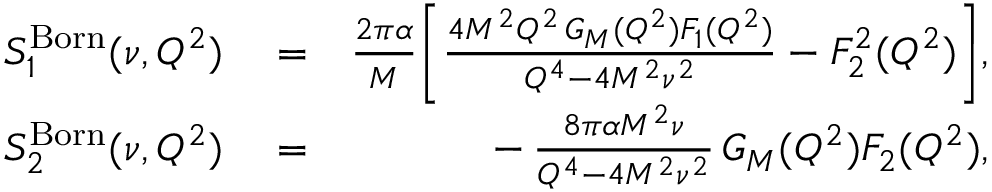
\begin{array} { r l r } { S _ { 1 } ^ { \mathrm { B o r n } } ( \nu , Q ^ { 2 } ) } & { { } = } & { \frac { 2 \pi \alpha } { M } \bigg [ \frac { 4 M ^ { 2 } Q ^ { 2 } \, G _ { M } ( Q ^ { 2 } ) F _ { 1 } ( Q ^ { 2 } ) } { Q ^ { 4 } - 4 M ^ { 2 } \nu ^ { 2 } } - F _ { 2 } ^ { 2 } ( Q ^ { 2 } ) \bigg ] , } \\ { S _ { 2 } ^ { \mathrm { B o r n } } ( \nu , Q ^ { 2 } ) } & { { } = } & { - \, \frac { 8 \pi \alpha M ^ { 2 } \nu } { Q ^ { 4 } - 4 M ^ { 2 } \nu ^ { 2 } } \, G _ { M } ( Q ^ { 2 } ) F _ { 2 } ( Q ^ { 2 } ) , } \end{array}